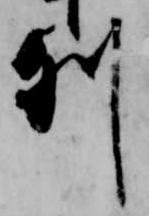
列